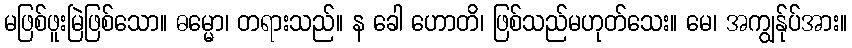
မဖြစ်ဖူးမြဲဖြစ်သော။ ဓမ္မော၊ တရားသည်။ န ခေါ ဟောတိ၊ ဖြစ်သည်မဟုတ်သေး။ မေ၊ အကျွန်ုပ်အား။